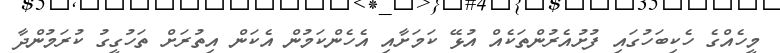
މީހެއްގެ ހެކިބަހުގައި ފުުށުއެރުންތަކެއް އުޅޭ ކަމަށާއި އެހެންކަމުން އެކަން އިތުރަށް ތަހުގީގު ކުރަމުންދާ